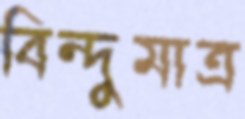
বিন্দুমাত্র